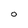
Character: O